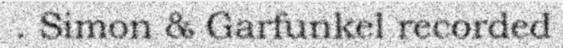
. Simon & Garfunkel recorded